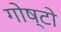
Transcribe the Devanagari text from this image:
गोष्टो